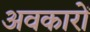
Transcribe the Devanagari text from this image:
अवकारों